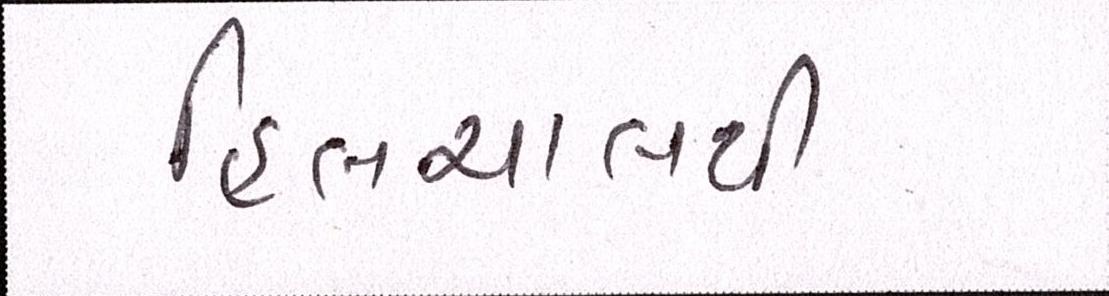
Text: હિલચાલથી